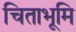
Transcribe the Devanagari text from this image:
चिताभूमि